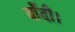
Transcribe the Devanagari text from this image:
बाँदी।